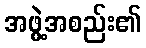
အဖွဲ့အစည်း၏